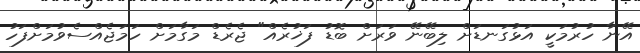
އޭނާ ހުރުމަކީ އަޅުގަނޑަށް ލިބޭނޭ ވަރަށް ބޮޑު ފަޚުރެއް" ޖެރެޑް މަގާމަށް ހަމަޖެއްސެވުމަށްފަހު